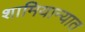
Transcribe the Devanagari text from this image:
शामियान्यात